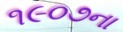
૧૯૦૭ના